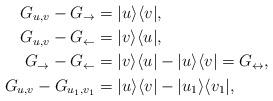
LaTeX: \begin{align*} G_{u,v}-G_\rightarrow &=|u\rangle\langle v|, \\ G_{u,v}-G_\leftarrow &=|v\rangle\langle u| , \\G_\rightarrow -G_\leftarrow &=|v\rangle\langle u|-|u\rangle\langle v|=G_\leftrightarrow,\\ G_{u,v}-G_{u_1,v_1}&=|u\rangle\langle v|-|u_1\rangle\langle v_1|, \end{align*}